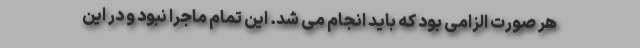
هر صورت الزامی بود که باید انجام می شد. این تمام ماجرا نبود و در این